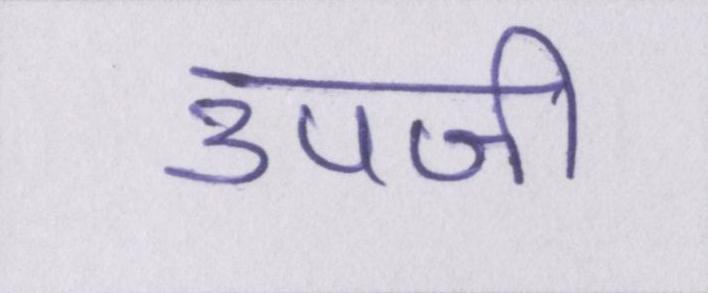
उपजी